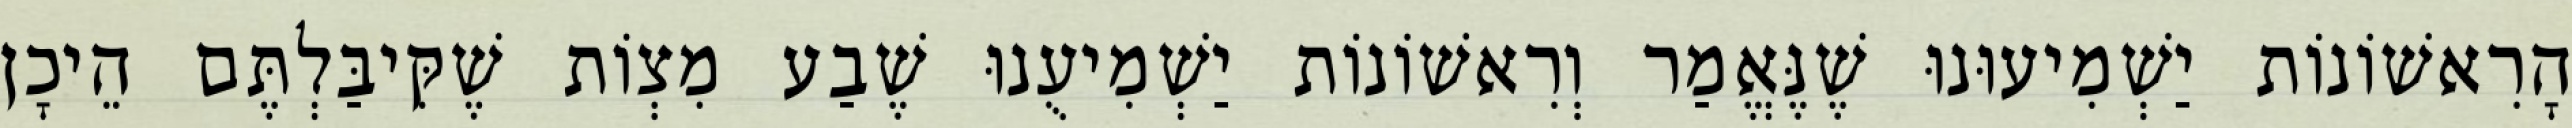
הָרִאשׁוֹנוֹת יַשְׁמִיעוּנוּ שֶׁנֶּאֱמַר וְרִאשׁוֹנוֹת יַשְׁמִיעֻנוּ שֶׁבַע מִצְוֹת שֶׁקִּיבַּלְתֶּם הֵיכָן